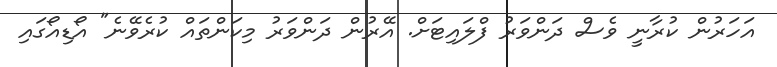
އަހަރުން ކުރާނީ ވެސް ދަންވަރު ފްލައިޓަށް. އޭރުން ދަންވަރު މިކަންތައް ކުރެވޭނެ" އޯޑިއޯގައި